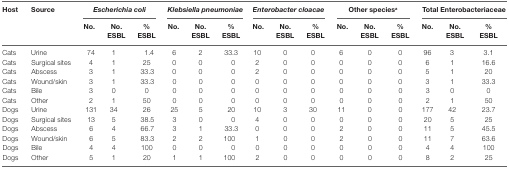
<table><thead><tr><td><b>Host</b></td><td><b>Source</b></td><td colspan="3"><b><i>Escherichia coli</i></b></td><td colspan="3"><b><i>Klebsiella pneumoniae</i></b></td><td colspan="3"><b><i>Enterobacter cloacae</i></b></td><td colspan="3"><b>Other species<sup>a</sup></b></td><td colspan="3"><b>Total Enterobacteriaceae</b></td></tr><tr><td></td><td></td><td><b>No.</b></td><td><b>No. ESBL</b></td><td><b>% ESBL</b></td><td><b>No.</b></td><td><b>No. ESBL</b></td><td><b>% ESBL</b></td><td><b>No.</b></td><td><b>No. ESBL</b></td><td><b>% ESBL</b></td><td><b>No.</b></td><td><b>No. ESBL</b></td><td><b>% ESBL</b></td><td><b>No.</b></td><td><b>No. ESBL</b></td><td><b>% ESBL</b></td></tr></thead><tbody><tr><td>Cats</td><td>Urine</td><td>74</td><td>1</td><td>1.4</td><td>6</td><td>2</td><td>33.3</td><td>10</td><td>0</td><td>0</td><td>6</td><td>0</td><td>0</td><td>96</td><td>3</td><td>3.1</td></tr><tr><td>Cats</td><td>Surgical sites</td><td>4</td><td>1</td><td>25</td><td>0</td><td>0</td><td>0</td><td>2</td><td>0</td><td>0</td><td>0</td><td>0</td><td>0</td><td>6</td><td>1</td><td>16.6</td></tr><tr><td>Cats</td><td>Abscess</td><td>3</td><td>1</td><td>33.3</td><td>0</td><td>0</td><td>0</td><td>2</td><td>0</td><td>0</td><td>0</td><td>0</td><td>0</td><td>5</td><td>1</td><td>20</td></tr><tr><td>Cats</td><td>Wound/skin</td><td>3</td><td>1</td><td>33.3</td><td>0</td><td>0</td><td>0</td><td>0</td><td>0</td><td>0</td><td>0</td><td>0</td><td>0</td><td>3</td><td>1</td><td>33.3</td></tr><tr><td>Cats</td><td>Bile</td><td>3</td><td>0</td><td>0</td><td>0</td><td>0</td><td>0</td><td>0</td><td>0</td><td>0</td><td>0</td><td>0</td><td>0</td><td>3</td><td>0</td><td>0</td></tr><tr><td>Cats</td><td>Other</td><td>2</td><td>1</td><td>50</td><td>0</td><td>0</td><td>0</td><td>0</td><td>0</td><td>0</td><td>0</td><td>0</td><td>0</td><td>2</td><td>1</td><td>50</td></tr><tr><td>Dogs</td><td>Urine</td><td>131</td><td>34</td><td>26</td><td>25</td><td>5</td><td>20</td><td>10</td><td>3</td><td>30</td><td>11</td><td>0</td><td>0</td><td>177</td><td>42</td><td>23.7</td></tr><tr><td>Dogs</td><td>Surgical sites</td><td>13</td><td>5</td><td>38.5</td><td>3</td><td>0</td><td>0</td><td>4</td><td>0</td><td>0</td><td>0</td><td>0</td><td>0</td><td>20</td><td>5</td><td>25</td></tr><tr><td>Dogs</td><td>Abscess</td><td>6</td><td>4</td><td>66.7</td><td>3</td><td>1</td><td>33.3</td><td>0</td><td>0</td><td>0</td><td>2</td><td>0</td><td>0</td><td>11</td><td>5</td><td>45.5</td></tr><tr><td>Dogs</td><td>Wound/skin</td><td>6</td><td>5</td><td>83.3</td><td>2</td><td>2</td><td>100</td><td>1</td><td>0</td><td>0</td><td>2</td><td>0</td><td>0</td><td>11</td><td>7</td><td>63.6</td></tr><tr><td>Dogs</td><td>Bile</td><td>4</td><td>4</td><td>100</td><td>0</td><td>0</td><td>0</td><td>0</td><td>0</td><td>0</td><td>0</td><td>0</td><td>0</td><td>4</td><td>4</td><td>100</td></tr><tr><td>Dogs</td><td>Other</td><td>5</td><td>1</td><td>20</td><td>1</td><td>1</td><td>100</td><td>2</td><td>0</td><td>0</td><td>0</td><td>0</td><td>0</td><td>8</td><td>2</td><td>25</td></tr></tbody></table>